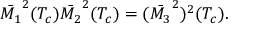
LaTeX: \bar { M _ { 1 } } ^ { 2 } ( T _ { c } ) \bar { M _ { 2 } } ^ { 2 } ( T _ { c } ) = ( \bar { M _ { 3 } } ^ { 2 } ) ^ { 2 } ( T _ { c } ) .